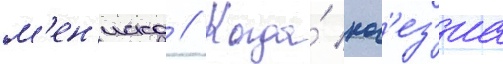
м'ен'иска // Когда́ ког'ез'иа